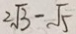
2 \sqrt { 3 } - \sqrt { 5 }